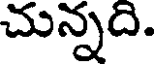
చున్నది.